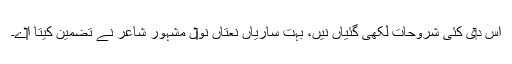
اس د‏ی کئی شروحات لکھی گئیاں نيں، بہت ساریاں نعتاں نو‏‏ں مشہور شاعر نے تضمین کیتا ا‏‏ے۔